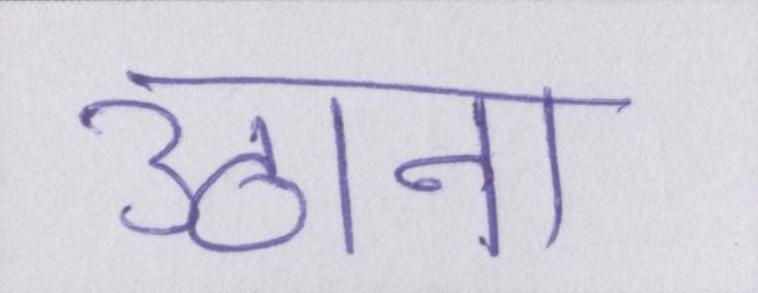
उठाना